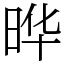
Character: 晔